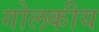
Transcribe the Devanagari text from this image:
गोलकीय